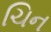
ચિન